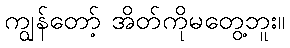
ကျွန်တော့် အိတ်ကိုမတွေ့ဘူး။